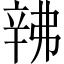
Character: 𬨙